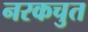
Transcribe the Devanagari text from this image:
नरकचुत